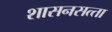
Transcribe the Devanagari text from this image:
शासनसत्‍ता